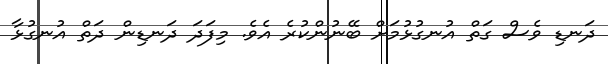
ދަނޑި ވެސް ގަތް އުނގުޅުމަށް ބޭނުންކުރެ އެވެ. މިފަދަ ދަނޑިން ދަތް އުނގުޅާ